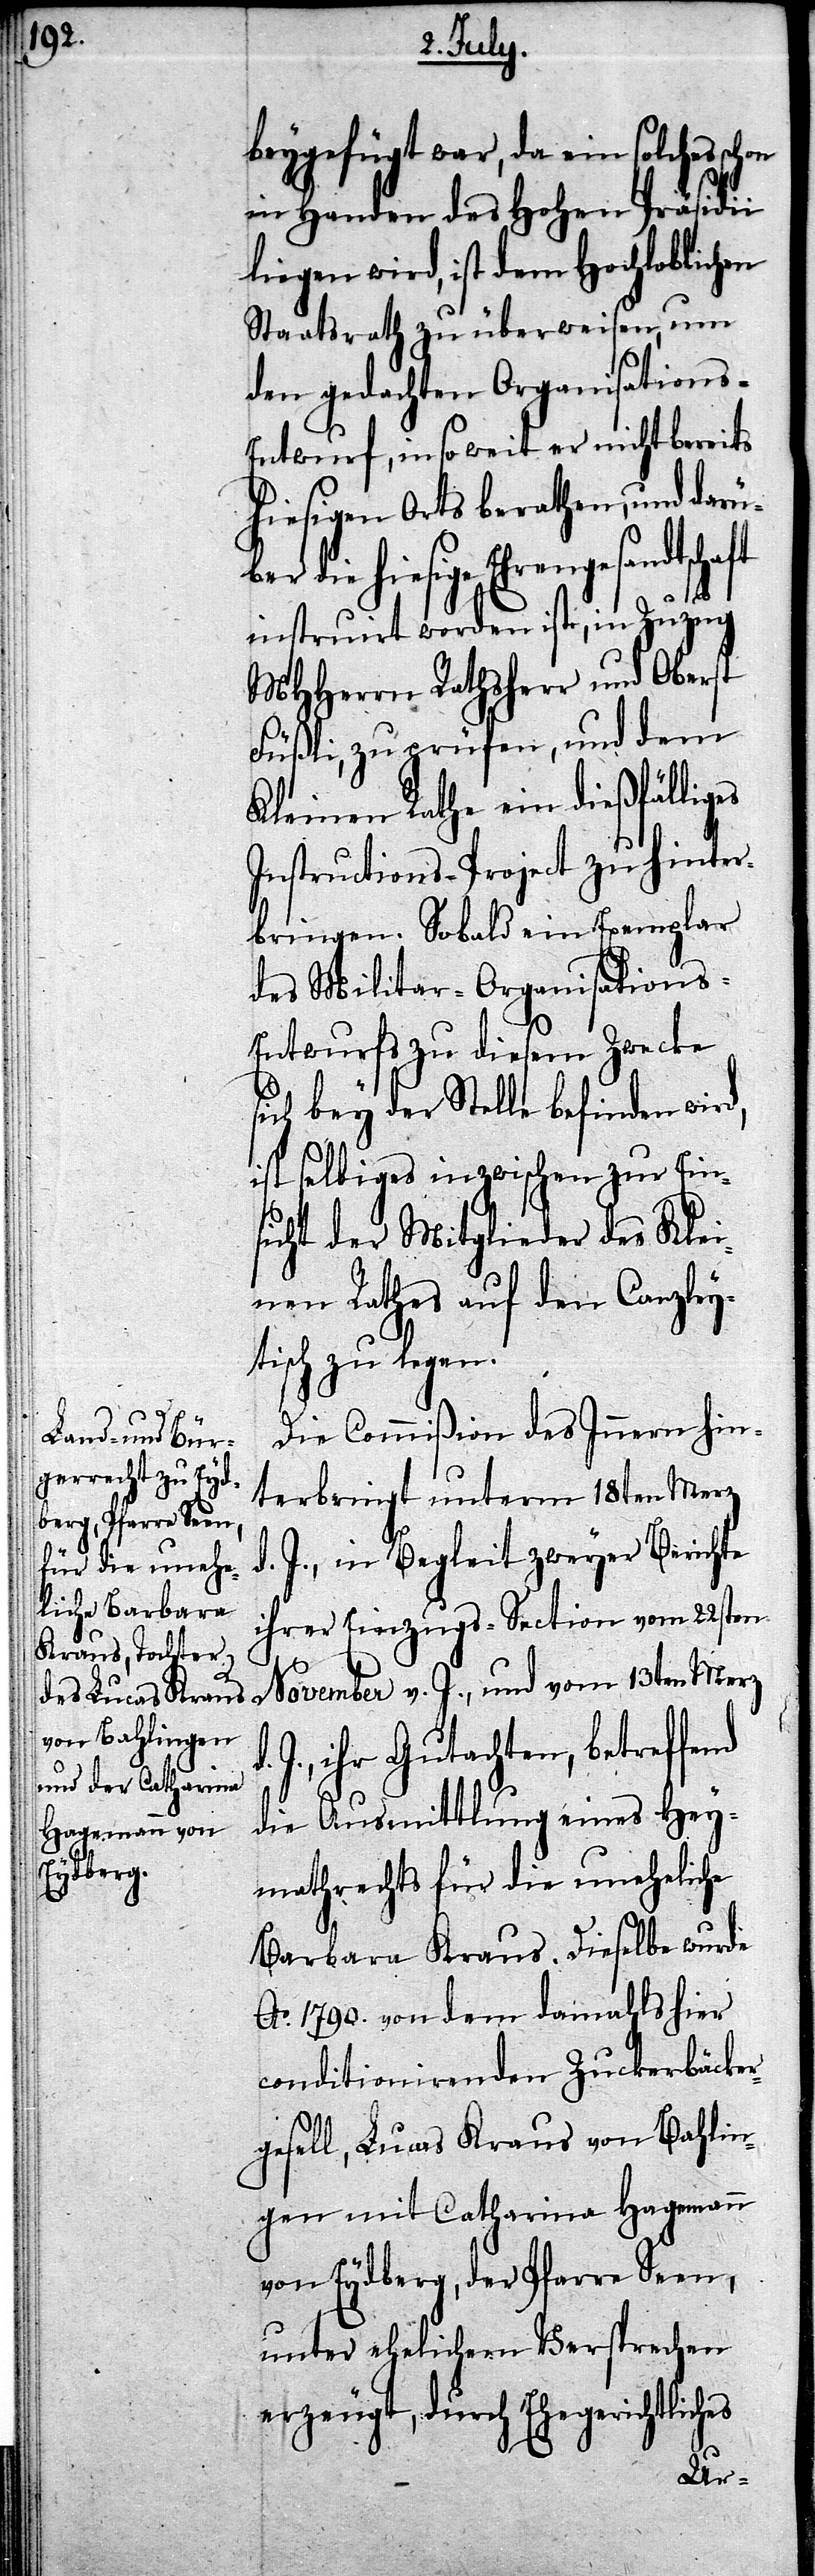
liches

beygefügt war, da ein solches
in Handen des Hohen Präsidii
liegen wird, ist dem Hochloblichen
Staatsrath zu überweisen, um
den gedachten Organisations-E¬
ntwurf, in so weit er nicht bereits
hiesigen Orts berathen, und darü¬
hiesige Ehrengesandtschaft
instruirt worden ist, in Zuzug
MHHerrn Rathsherr und Oberst
Füßli, zu prüfen, und dem
Kleinen Rathe ein dießfälliges
Instructions-Project zu hinter¬
bringen. Solbad ein Exemplar
des Militar-Organisations-E¬
ntwurfs zu diesem Zwecke
sich bey der Stelle befinden wird,
ist selbiges inzwischen zur Ein¬
sicht der Mitglieder des Klei¬
nen Rathes auf den Canzley¬
tisch zu legen.
Die Commißion des Innern hin¬
terbringt unterm 18ten Merz
d. J., in Begleit zweyer Berichte
ihrer Einzugs-Section vom 22sten
November v. J., und vom 13ten Merz
ihr Gutachten, betreffend
die Ausmittlung eines Hey¬
mathrechts für die uneheliche
Barbara Kraus. Dieselbe wurde
Ao. 1790. von dem damahls hier
conditionirenden Zuckerbäcker¬
gesell, Lucas Kraus von Bahlin¬
gen mit Catharina Hagmann
von Eydberg, der Pfarre Seen,
unter ehelichem Versprechen
erzeugt, durch Ehegericht¬
ber